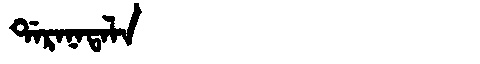
Manchu: ᡩᠠᡵᠠᠨᠠᡨᠠᠯᠠ
Romanization: DARANATALA